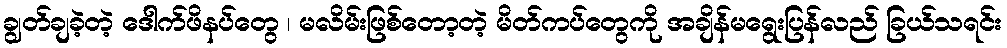
ချွတ်ချခဲ့တဲ့ ဒေါက်ဖိနပ်တွေ ၊ မလိမ်းဖြစ်တော့တဲ့ မိတ်ကပ်တွေကို အချိန်မရွေးပြန်လည် ခြယ်သရင်း